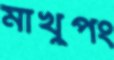
মাখুপং